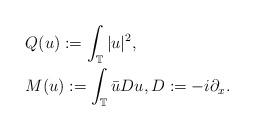
LaTeX: \begin{align*}&Q(u):=\int_\mathbb{T}|u|^2,\\&M(u):=\int_\mathbb{T}\bar{u}Du, D:=-i\partial_x.\end{align*}